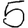
Digit: 5